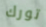
تورك